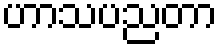
ဟာသပညတာ